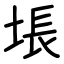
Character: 㙊